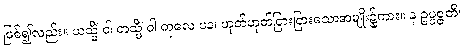
ဖြစ်၍လည်း။ ယသ္မိံ ဝါ တသ္မိံ ဝါ ကုလေ ပန၊ ဟုတ်ဟုတ်ငြားငြားသောအမျိုး၌ကား။ န ဥပ္ပဇ္ဇတိ၊